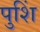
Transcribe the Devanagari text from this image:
पुशिं